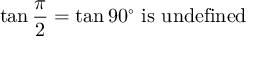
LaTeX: \tan { \frac { \pi } { 2 } } = \tan 9 0 ^ { \circ } { \mathrm { ~ i s ~ u n d e f i n e d } }